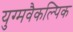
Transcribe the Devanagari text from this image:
युग्मवैकल्पिक